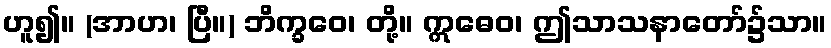
ဟူ၍။ (အာဟ၊ ပြီ။) ဘိက္ခဝေ၊ တို့။ ဣဓေဝ၊ ဤသာသနာတော်၌သာ။